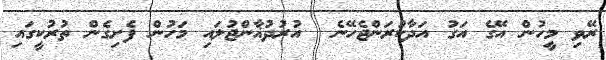
ރޭވި މީހުން އޭގެ އަގު އަދާކުރަންޖެހޭނެ  އުރުދުޣާންޖުލައި މަހުން ފެށިގެން ތުރުކީގައި